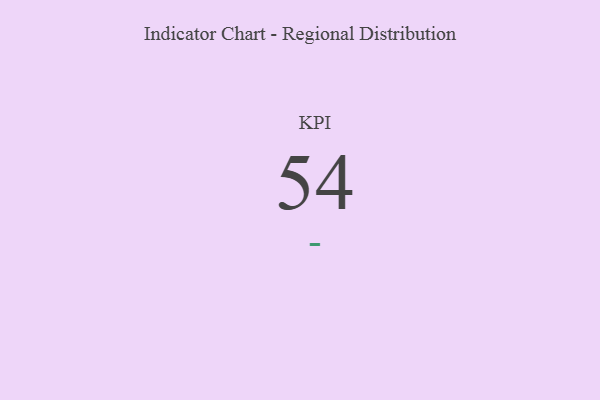
{"axis": {"x": "KPI", "y": "Value"}, "legend": [""], "data": [{"x": "KPI", "y": 54, "type": ""}]}